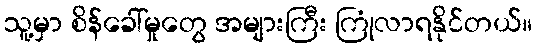
သူ့မှာ စိန်ခေါ်မှုတွေ အများကြီး ကြုံလာရနိုင်တယ်။